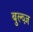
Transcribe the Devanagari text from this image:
बुल्व्ज़